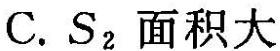
C.S_{2}面积大